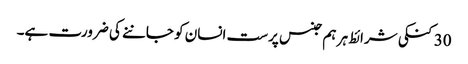
30 کنکی شرائط ہر ہم جنس پرست انسان کو جاننے کی ضرورت ہے۔